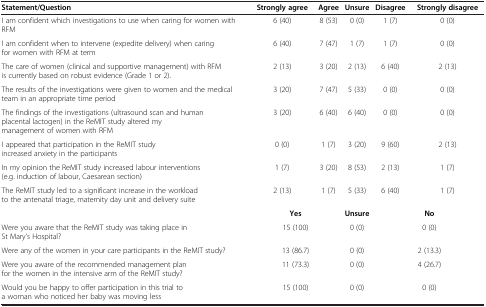
| Statement/Question | Strongly agree | Agree | Unsure | Disagree | Strongly disagree |
 | --- | --- | --- | --- | --- | --- |
 | I am confident which investigations to use when caring for women with RFM | 6 (40) | 8 (53) | 0 (0) | 1 (7) | 0 (0) |
 | I am confident when to intervene (expedite delivery) when caring for women with RFM at term | 6 (40) | 7 (47) | 1 (7) | 1 (7) | 0 (0) |
 | The care of women (clinical and supportive management) with RFM is currently based on robust evidence (Grade 1 or 2). | 2 (13) | 3 (20) | 2 (13) | 6 (40) | 2 (13) |
 | The results of the investigations were given to women and the medical team in an appropriate time period | 3 (20) | 7 (47) | 5 (33) | 0 (0) | 0 (0) |
 | The findings of the investigations (ultrasound scan and human placental lactogen) in the ReMIT study altered my management of women with RFM | 3 (20) | 6 (40) | 6 (40) | 0 (0) | 0 (0) |
 | I appeared that participation in the ReMIT study increased anxiety in the participants | 0 (0) | 1 (7) | 3 (20) | 9 (60) | 2 (13) |
 | In my opinion the ReMIT study increased labour interventions (e.g. induction of labour, Caesarean section) | 1 (7) | 3 (20) | 8 (53) | 2 (13) | 1 (7) |
 | The ReMIT study led to a significant increase in the workload to the antenatal triage, maternity day unit and delivery suite | 2 (13) | 1 (7) | 5 (33) | 6 (40) | 1 (7) |
 |  | <COLSPAN=2> Yes | Unsure | <COLSPAN=2> No |
 | Were you aware that the ReMIT study was taking place in St Mary’s Hospital? | <COLSPAN=2> 15 (100) | 0 (0) | <COLSPAN=2> 0 (0) |
 | Were any of the women in your care participants in the ReMIT study? | <COLSPAN=2> 13 (86.7) | 0 (0) | <COLSPAN=2> 2 (13.3) |
 | Were you aware of the recommended management plan for the women in the intensive arm of the ReMIT study? | <COLSPAN=2> 11 (73.3) | 0 (0) | <COLSPAN=2> 4 (26.7) |
 | Would you be happy to offer participation in this trial to a woman who noticed her baby was moving less | <COLSPAN=2> 15 (100) | 0 (0) | <COLSPAN=2> 0 (0) |